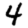
Digit: 4